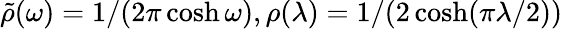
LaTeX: \tilde{\rho}(\omega)=1/(2\pi\cosh\omega),\rho(\lambda)=1/(2\cosh(\pi\lambda/2))